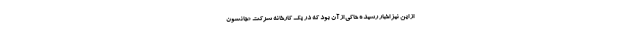
از این نیز اخبار رسیده حاکی از آن بود که در یک کارخانه شرکت «جانسون